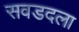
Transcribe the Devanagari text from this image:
सवडदला